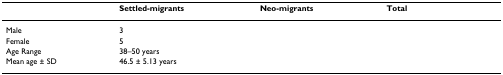
<table><thead><tr><td>[EMPTY_CELL]</td><td><b>Settled-migrants</b></td><td><b>Neo-migrants</b></td><td><b>Total</b></td></tr></thead><tbody><tr><td>Male</td><td>3</td><td>[EMPTY_CELL]</td><td>[EMPTY_CELL]</td></tr><tr><td>Female</td><td>5</td><td>[EMPTY_CELL]</td><td>[EMPTY_CELL]</td></tr><tr><td>Age Range</td><td>38–50 years</td><td>[EMPTY_CELL]</td><td>[EMPTY_CELL]</td></tr><tr><td>Mean age ± SD</td><td>46.5 ± 5.13 years</td><td>[EMPTY_CELL]</td><td>[EMPTY_CELL]</td></tr></tbody></table>